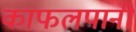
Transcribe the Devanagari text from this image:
काफलपानी